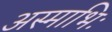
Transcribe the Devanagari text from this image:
अस्माभिः